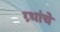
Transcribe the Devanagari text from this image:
ग्र्थांचे